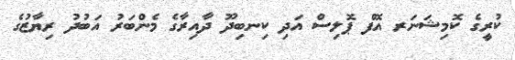
ކުރީގެ ކޮމިޝަަނަރ އޮފް ޕޮލިސް އަދި ކިނބިދޫ ދާއިރާގެ މެންބަރު އަބުދު ރިޔާޒުގެ